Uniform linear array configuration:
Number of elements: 16
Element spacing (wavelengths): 0.75
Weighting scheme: uniform
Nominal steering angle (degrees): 45
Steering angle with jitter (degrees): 43.58
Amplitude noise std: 0.05
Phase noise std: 0.05

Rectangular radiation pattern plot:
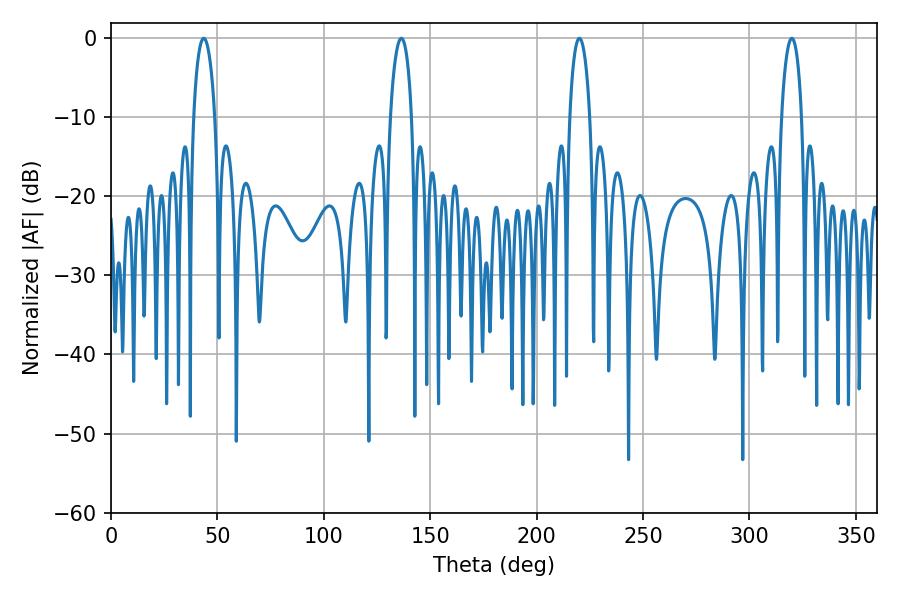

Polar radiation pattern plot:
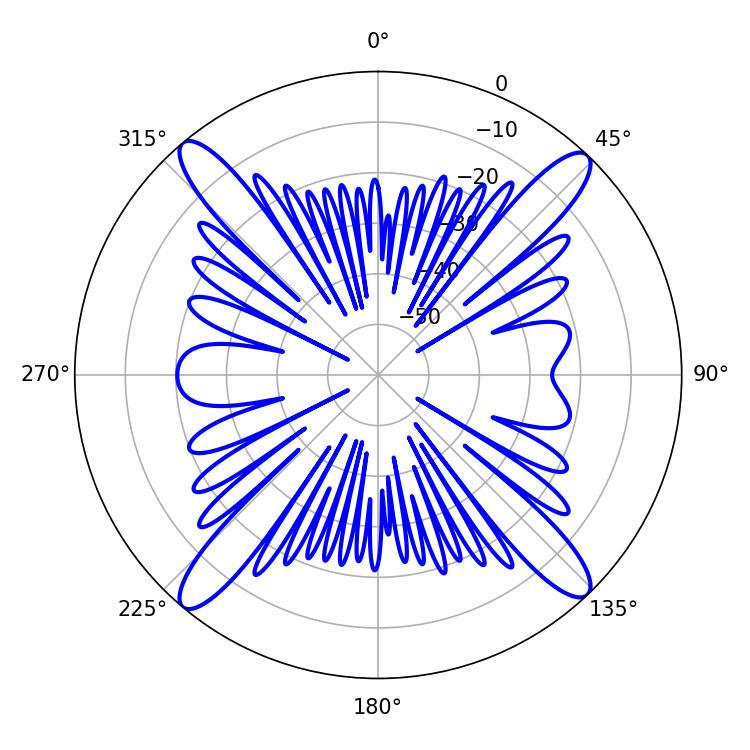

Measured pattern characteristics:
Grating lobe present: TRUE
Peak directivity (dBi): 20.726
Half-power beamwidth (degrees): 5.58
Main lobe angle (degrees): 43.56